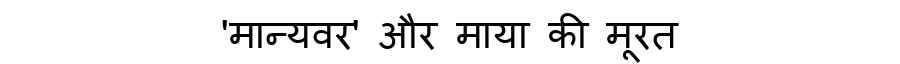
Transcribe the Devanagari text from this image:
'मान्यवर' और माया की मूरत